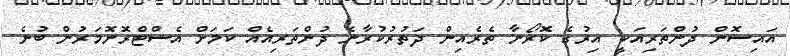
އައިސޮން ދުންތަރިއަކީ އިރުގެ ކޮރޯނާ ތެރެއިން ދަތުރުކުރާނެ ދުންތަރިއެއް ކަމަށް އެސްޓްރޮނޮމަރުން ބުނެ